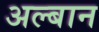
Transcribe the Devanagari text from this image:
अल्बान